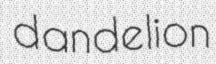
dandelion